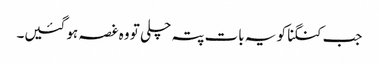
جب کنگنا کو یہ بات پتہ چلی تو وہ غصہ ہو گئیں۔